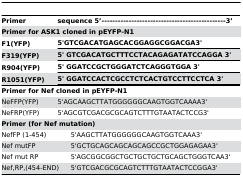
| Primer | <COLSPAN=2> sequence 5’----------------------------------------------3’ |
 | <COLSPAN=3> Primer for ASK1 cloned in pEYFP-N1 |
 | F1(YFP) | <COLSPAN=2> 5'GTCGACATGAGCACGGAGGCGGACGA3' |
 | F319(YFP) | <COLSPAN=2> 5' GTCGACATGCTTTCCTACAGAGATATCCAGGA 3' |
 | R904(YFP) | <COLSPAN=2> 5' GGATCCGCTGGGATCTCAGGGTGGA 3' |
 | R1051(YFP) | <COLSPAN=2> 5' GGATCCACTCGCCTCTCACTGTCCTTCCTCA 3' |
 | --- | --- | --- |
 | <COLSPAN=3> Primer for Nef cloned in pEYFP-N1 |
 | NeFFP(YFP) | <COLSPAN=2> 5'AGCAAGCTTATGGGGGGCAAGTGGTCAAAA3' |
 | NeFRP(YFP) | <COLSPAN=2> 5'AGCGTCGACGCGCAGTCTTTGTAATACTCCG3' |
 | <COLSPAN=3> Primer (for Nef mutation) |
 | <COLSPAN=2> NefFP (1-454) | 5'AAGCTTATGGGGGGCAAGTGGTCAAA3' |
 | <COLSPAN=2> Nef mutFP | 5'GCTGCAGCAGCAGCAGCCGCTGGAGAGAA3' |
 | <COLSPAN=2> Nef mut RP | 5'AGCGGCGGCTGCTGCTGCTGCAGCTGGGTCAA3' |
 | <COLSPAN=2> Nef,RP,(454-END) | 5'GTCGACGCGCAGTCTTTGTAATACTCCGGA3' |